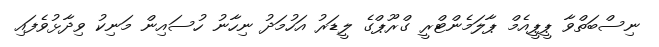
ނިސްބަތްވާ ޕީޕީއެމް ޕާލަމެންޓްރީ ގްރޫޕްގެ ލީޑަރު އަހުމަދު ނިހާނު ހުސައިން މަނިކު ވިދާޅުވެފައި